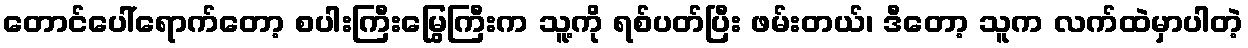
တောင်ပေါ်ရောက်တော့ စပါးကြီးမြွေကြီးက သူ့ကို ရစ်ပတ်ပြီး ဖမ်းတယ်၊ ဒီတော့ သူက လက်ထဲမှာပါတဲ့